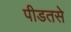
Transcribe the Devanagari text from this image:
पीडतसे